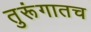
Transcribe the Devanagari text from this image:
तुरूंगातच